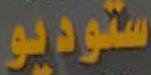
ستوديو